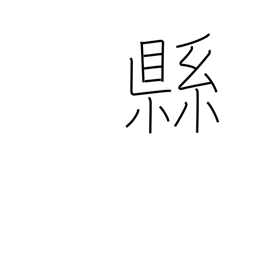
Meaning: subdivision